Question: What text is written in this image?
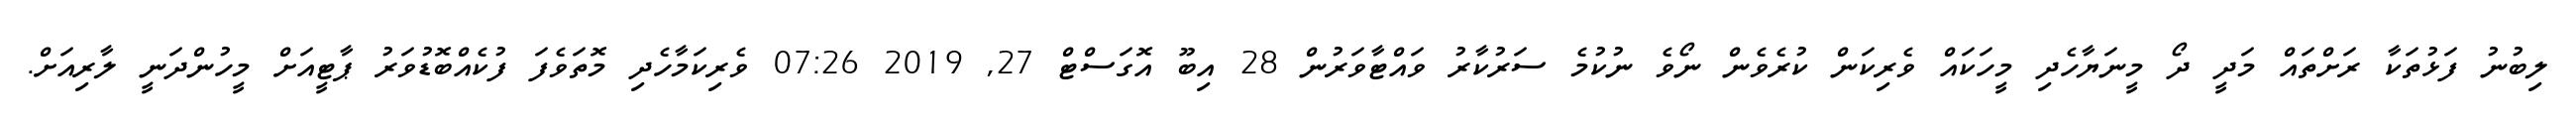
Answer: ލިބުނު ފަޅުތަކާ ރަށްތައް މަދީ ދޯ މީނަޔާހެދި މީހަކައް ވެރިކަން ކުރެވެން ނޯވެ ނުކުމެ ސަރުކާރު ވައްޓާވަރުން 28 އިބޫ އޮގަސްޓް 27, 2019 07:26 ވެރިކަމާހެދި މޮތަވެފަ ފުކެއްބޮޑުވަރު ޕާޓީއަށް މީހުންދަނީ ލާރިއަށް.